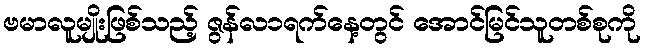
ဗမာလူမျိုးဖြစ်သည့် ဇွန်လ၁ရက်နေ့တွင် အောင်မြင်သူတစ်စုကို